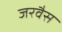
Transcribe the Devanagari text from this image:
जरवैस